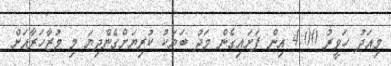
މިއަދު ހަވީރު 4:00 އިން ފަށައިގެން މަދު ބަޔަކު ކުރިޔަށްގެންދިޔަ މި މުޒާހަރާއަށް